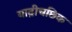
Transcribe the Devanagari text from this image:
याद्रीचछिक